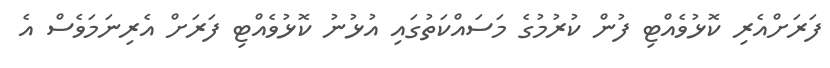
ފަރަށްއެރި ކޮޅުވެއްޓި ފުން ކުރުމުގެ މަސައްކަތުގައި އުޅުނު ކޮޅުވެއްޓި ފަރަށް އެރިނަމަވެސް އެ